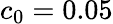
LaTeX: c_{0}=0.05